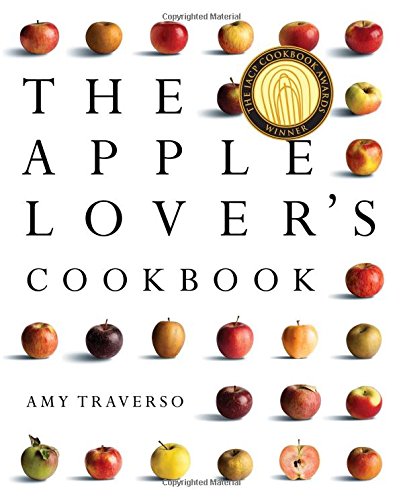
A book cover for The Apple Lover's Cookbook; Amy Traverso; Cookbooks, Food & Wine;